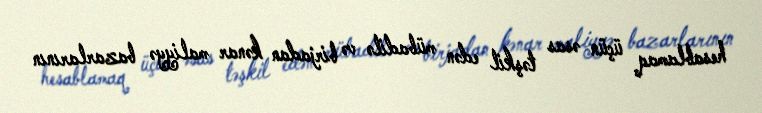
hesablamaq üçün əsas təşkil edən mübadilə və birjadan kənar maliyyə bazarlarının